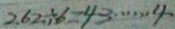
2 6 2 \div 6 = 4 3 \cdots 4